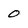
Character: 0